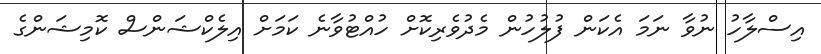
އިސްލާހު ނުވާ ނަަމަ އެކަން ފުލުހުން މެދުވެރިކޮށް ހުއްޓުވާނެ ކަމަށް އިލެކްޝަންސް ކޮމިޝަންގެ